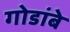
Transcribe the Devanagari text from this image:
गोडांबे